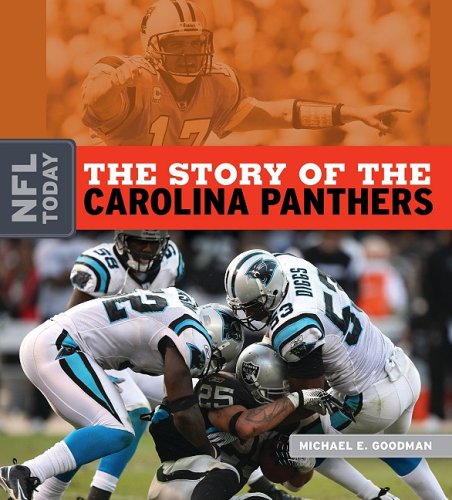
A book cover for The Story of the Carolina Panthers (NFL Today (Creative)); Michael E. Goodman; Teen & Young Adult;